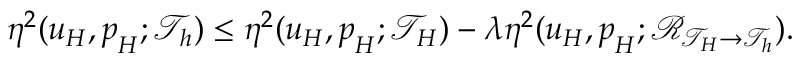
\eta ^ { 2 } ( \boldsymbol { u } _ { H } , \boldsymbol { p } _ { H } ; \mathcal { T } _ { h } ) \leq \eta ^ { 2 } ( \boldsymbol { u } _ { H } , \boldsymbol { p } _ { H } ; \mathcal { T } _ { H } ) - \lambda \eta ^ { 2 } ( \boldsymbol { u } _ { H } , \boldsymbol { p } _ { H } ; \mathcal { R } _ { \mathcal { T } _ { H } \rightarrow \mathcal { T } _ { h } } ) .